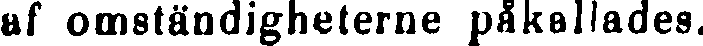
af omständigheterne påkallades.